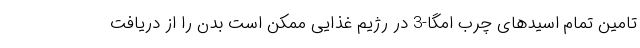
تامین تمام اسیدهای چرب امگا-3 در رژیم غذایی ممکن است بدن را از دریافت